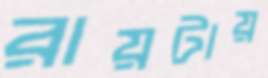
রায়টায়